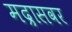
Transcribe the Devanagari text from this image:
मद्रासवर